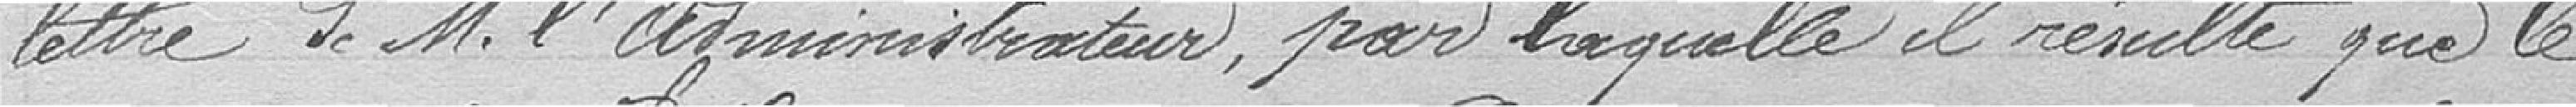
lettre de Monsieur l'Administrateur, par laquelle il résulte que le